Lunatic asylums Punjab 1868-1880 - 1868-1880
Year: 1868
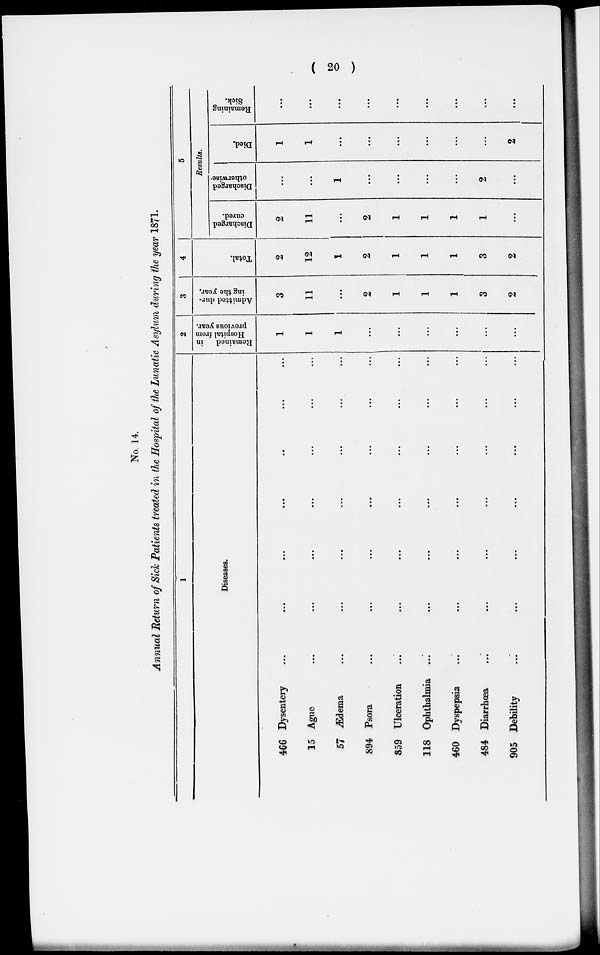
( 20 )
No. 14.
Annual Return of Sick Patients treated in the Hospital of the Lunatic Asylum during the year 1871.
1
Diseases.
466
Dysentery
...
...
...
...
...
...
...
15 Ague ... ... ... ... ... ... ...
57
Ædema
...
...
...
...
...
...
...
894
Psora
...
...
...
...
...
...
...
859 Ulceration
...
...
... ... ... ... ...
118 Ophthalmia ...
...
...
...
...
... ...
460
Dyspepsia
...
...
...
...
...
...
...
484
Diarrhœa
...
...
...
...
...
...
...
905
Debility
...
...
...
...
...
...
...
2
Remained
in
Hospital from
previous year.
1
1
1
...
...
...
...
...
...
3
Admitted dur-
ing the year.
3
11
...
2
1
1
1
3
2
4
Total.
2
12
1
2
1
1
1
3
2
5
Results.
Discharged
cured.
2
11
...
2
1
1
1
1
...
Discharged
otherwise.
...
...
1
...
...
...
...
2
...
Died.
1
1
...
...
...
...
...
...
2
Remaining
Sick.
...
...
...
...
...
...
...
...
...